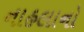
નાહલાનો